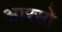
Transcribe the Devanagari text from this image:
आरसो